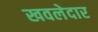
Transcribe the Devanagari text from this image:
खवलेदार